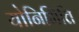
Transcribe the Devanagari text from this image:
योनिभित्ति